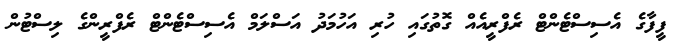
ފީފާގެ އެސިސްޓެންޓް ރެފްރީއެއް ގޮތުގައި ހުރި އަހުމަދު އަސްލަމް އެސިސްޓެންޓް ރެފްރީންގެ ލިސްޓުން